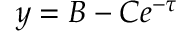
y = B - C e ^ { - \tau }